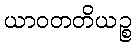
ယာဝတတိယဉ္စ